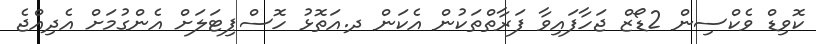
ކޮވިޑް ވެކްސިން 2ޑޯޒް ޖަހާފައިވާ ފަރާތްތަކުން އެކަން ދ.އަތޮޅު ހޮސްޕިޓަލަށް އެންގުމަށް އެދިއްޖެ